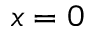
x = 0